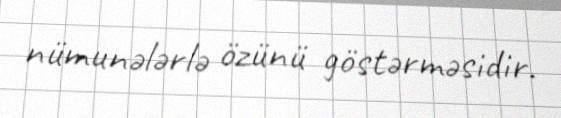
nümunələrlə özünü göstərməsidir.